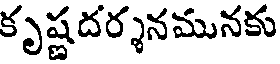
కృష్ణదర్శనమునకు